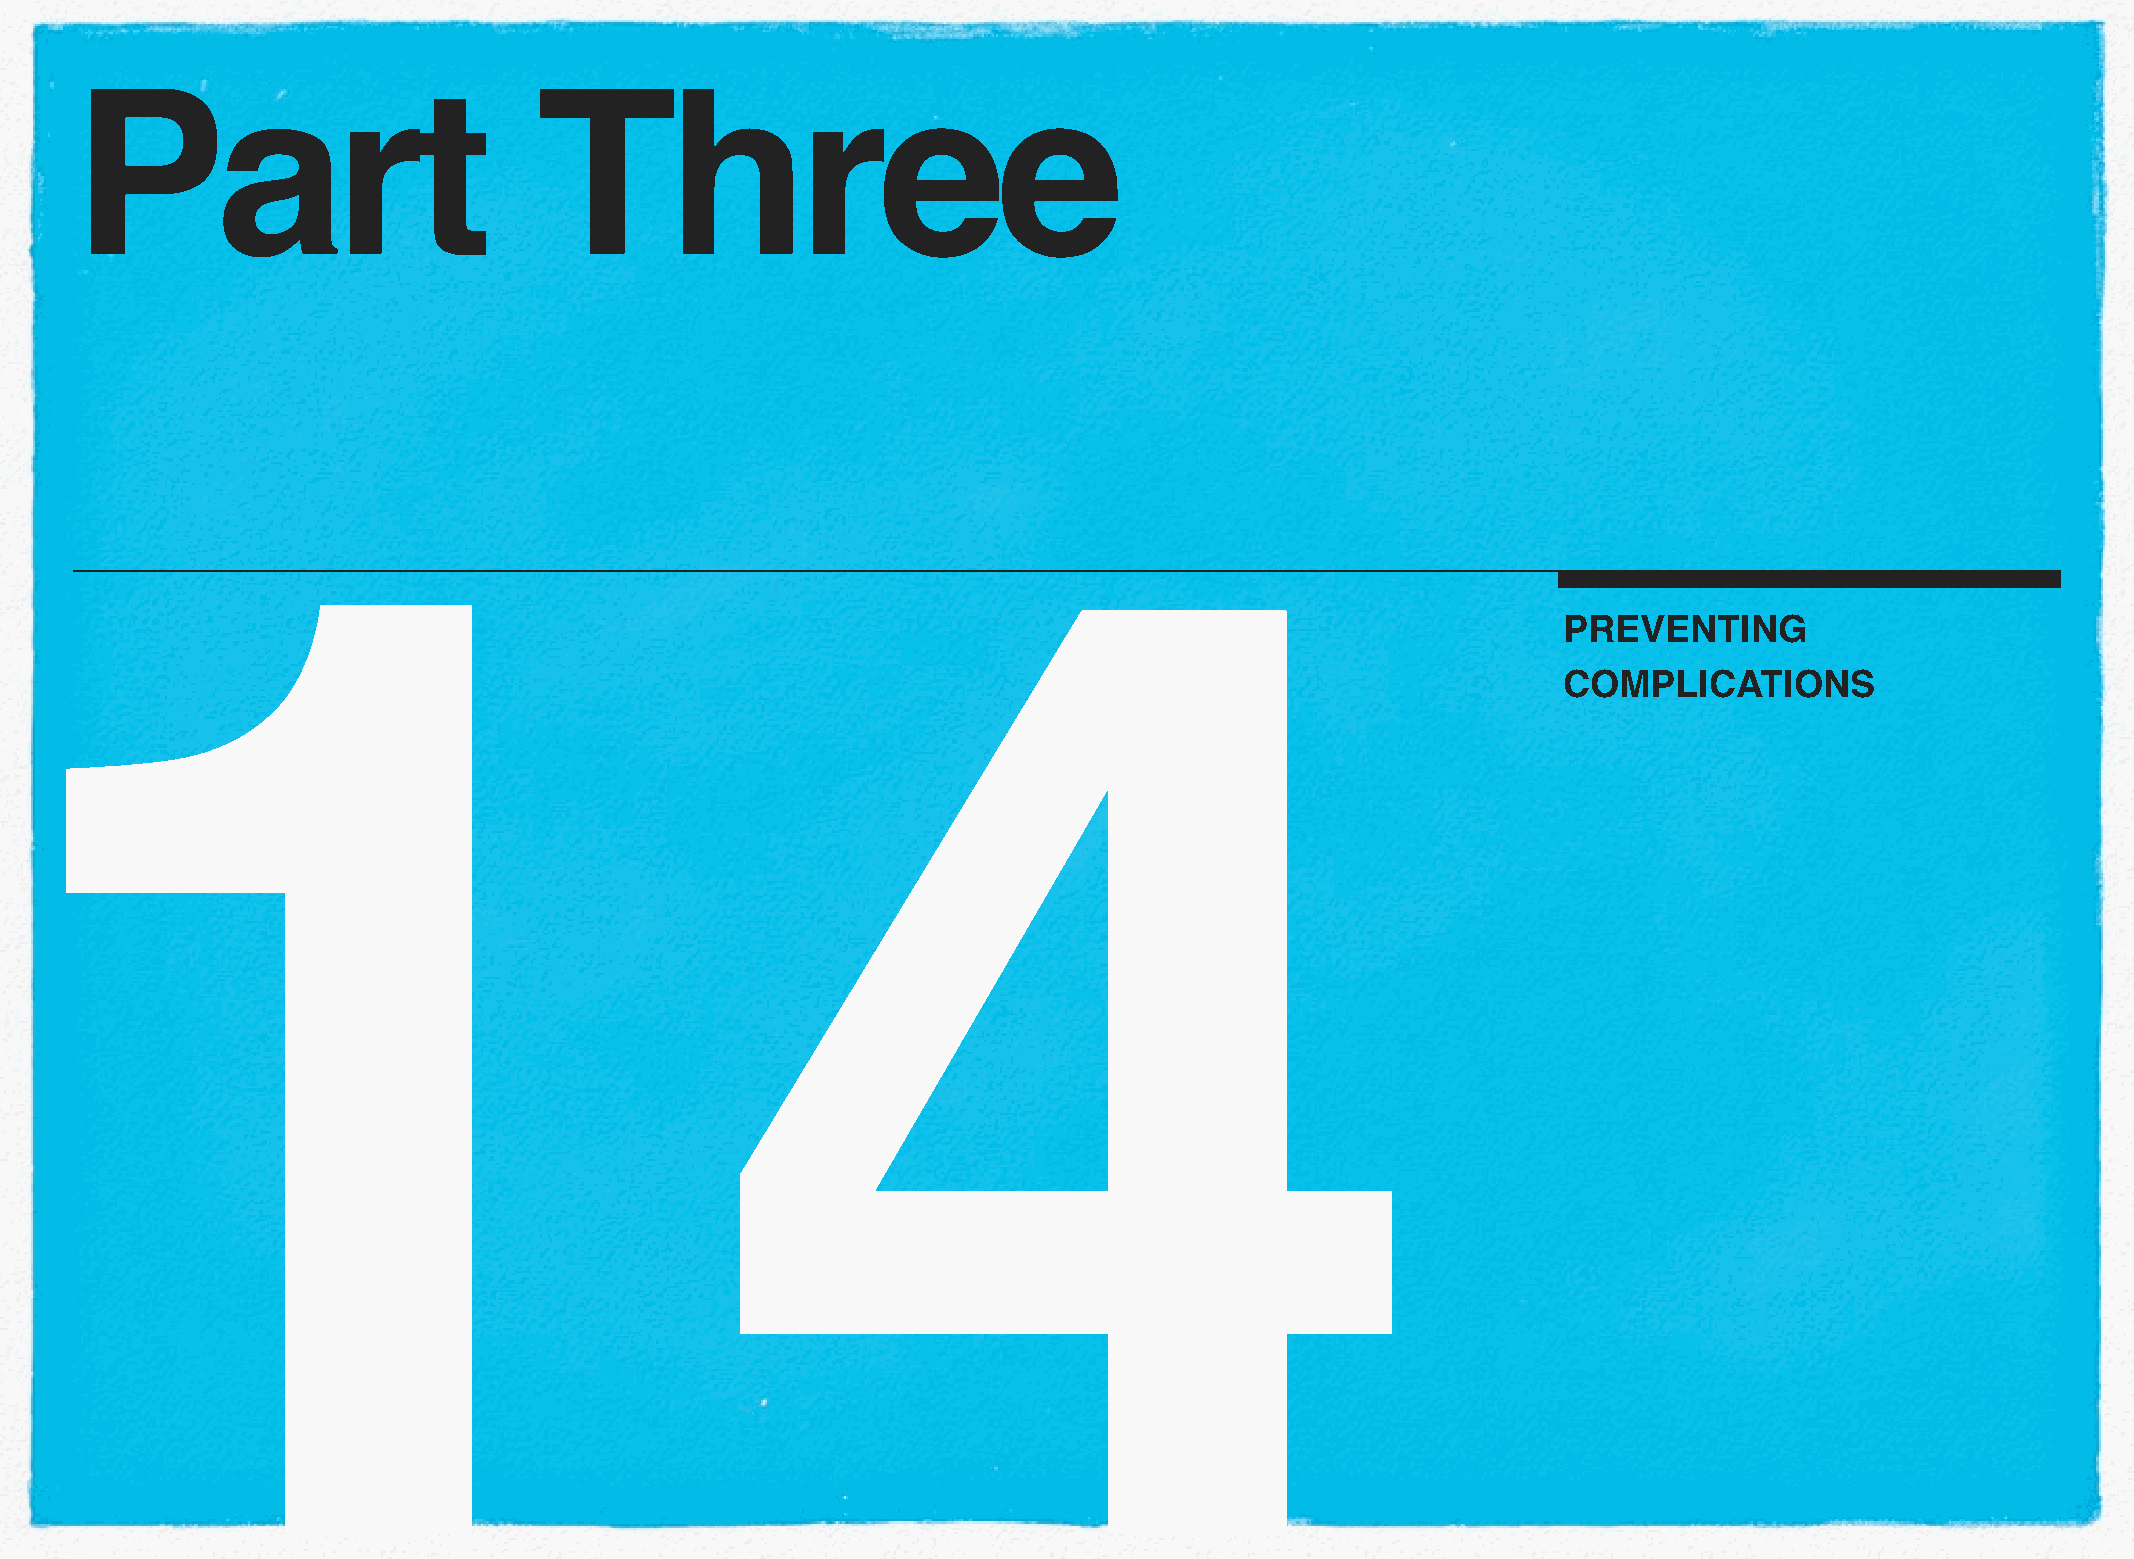
Part                           Three
 14
 PREVENTING
 COMPLICATIONS